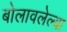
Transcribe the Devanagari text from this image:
बोलावलेल्या